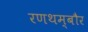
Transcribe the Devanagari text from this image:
रणथम्बौर